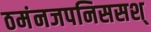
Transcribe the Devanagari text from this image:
ठमंनजपनिससश्